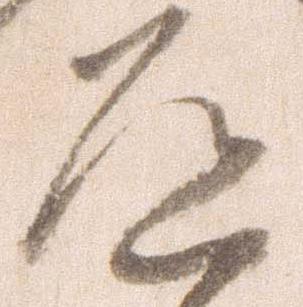
道